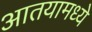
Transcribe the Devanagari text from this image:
आतयामध्ये